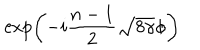
LaTeX: \exp \left( - i \frac { n - 1 } { 2 } \sqrt { 8 \gamma } \phi \right)